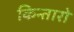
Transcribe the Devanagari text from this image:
किन्तारो